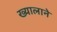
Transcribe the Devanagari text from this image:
ख्यालाने